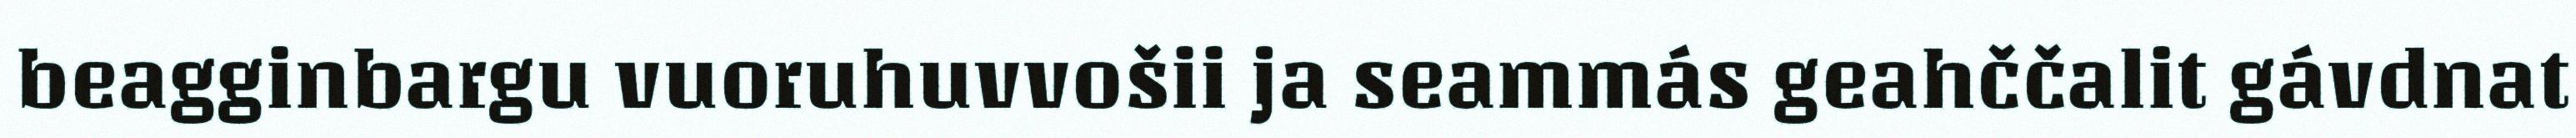
beagginbargu vuoruhuvvošii ja seammás geahččalit gávdnat